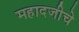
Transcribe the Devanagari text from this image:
महादजीचे